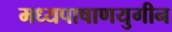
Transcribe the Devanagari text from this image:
मध्यपाषाणयुगीन